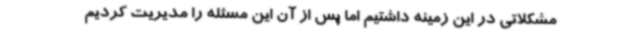
مشکلاتی در این زمینه داشتیم اما پس از آن این مسئله را مدیریت کردیم